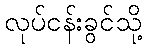
လုပ်ငန်းခွင်သို့